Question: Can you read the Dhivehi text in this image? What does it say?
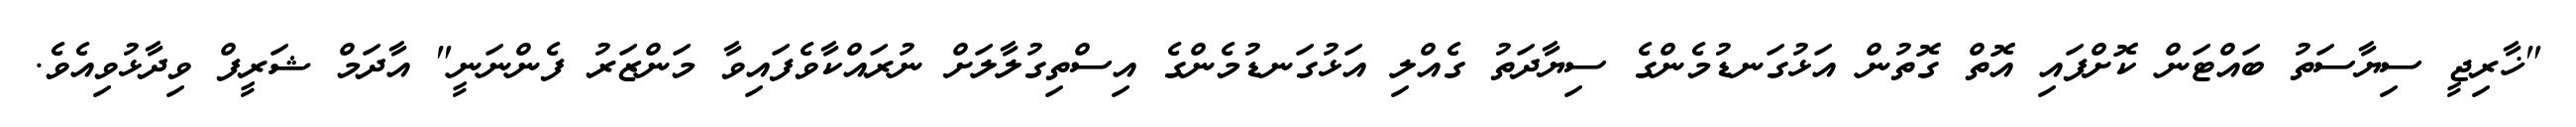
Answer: "ޚާރިޖީ ސިޔާސަތު ބައްޓަން ކޮށްފައި އޮތް ގޮތުން އަޅުގަނޑުމެންގެ ސިޔާދަތު ގެއްލި އަޅުގަނޑުމެންގެ އިސްތިގުލާލަށް ނުރައްކާވެފައިވާ މަންޒަރު ފެންނަނީ" އާދަމް ޝަރީފް ވިދާޅުވިއެވެ.